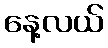
နေ့လယ်